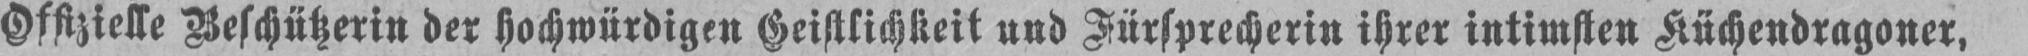
Offizielle Beschützerin der hochwürdigen Geistlichkeit und Fürsprecherin ihrer intimsten Küchendragoner,